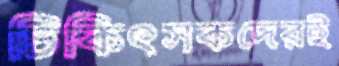
চিকিৎসকদেরই